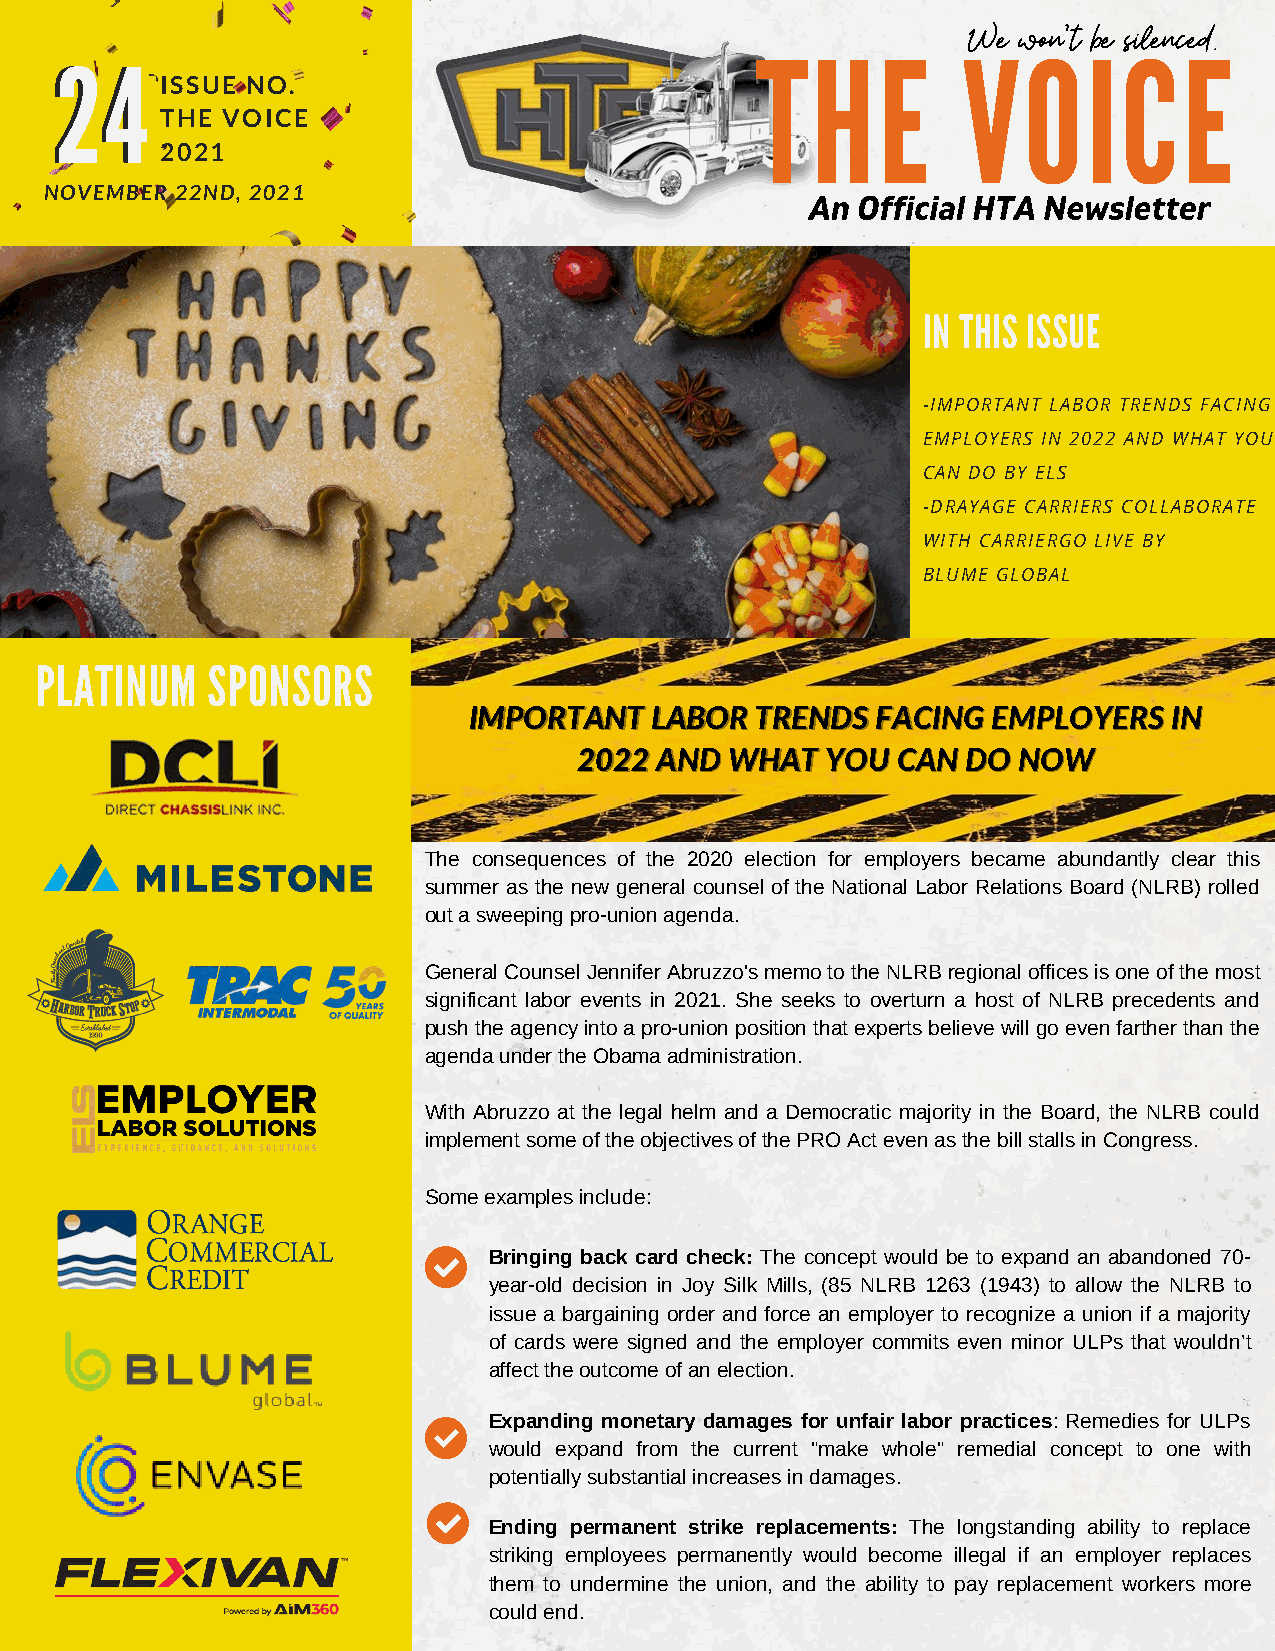
THE           VWe wOon't Ibe CsilencEed.
 2244
 ISSUE NO.
 THE VOICE
 2021
 NOVEMBER 22ND, 2021                                An Official HTA Newsletter
 IN THIS ISSUE
 -IMPORTANT LABOR TRENDS FACING
 EMPLOYERS IN 2022 AND WHAT YOU
 CAN DO BY ELS
 -DRAYAGE CARRIERS COLLABORATE
 WITH CARRIERGO LIVE BY
 BLUME GLOBAL
 PLATINUM    SPONSORS
 IIMMPPOORRTTAANNTT LLAABBOORR TTRREENNDDSS FFAACCIINNGG EEMMPPLLOOYYEERRSS IINN
 22002222 AANNDD WWHHAATT YYOOUU CCAANN DDOO NNOOWW
 The consequences of the 2020 election for employers became abundantly clear this
 summer as the new general counsel of the National Labor Relations Board (NLRB) rolled
 out a sweeping pro-union agenda.
 General Counsel Jennifer Abruzzo's memo to the NLRB regional offices is one of the most
 significant labor events in 2021. She seeks to overturn a host of NLRB precedents and
 push the agency into a pro-union position that experts believe will go even farther than the
 agenda under the Obama administration.
 With Abruzzo at the legal helm and a Democratic majority in the Board, the NLRB could
 implement some of the objectives of the PRO Act even as the bill stalls in Congress.
 Some examples include:
 Bringing back card check: The concept would be to expand an abandoned 70-
 year-old decision in Joy Silk Mills, (85 NLRB 1263 (1943) to allow the NLRB to
 issue a bargaining order and force an employer to recognize a union if a majority
 of cards were signed and the employer commits even minor ULPs that wouldn’t
 affect the outcome of an election.
 Expanding monetary damages for unfair labor practices: Remedies for ULPs
 would expand from the current "make whole" remedial concept to one with
 potentially substantial increases in damages.
 Ending permanent strike replacements: The longstanding ability to replace
 striking employees permanently would become illegal if an employer replaces
 them to undermine the union, and the ability to pay replacement workers more
 could end.